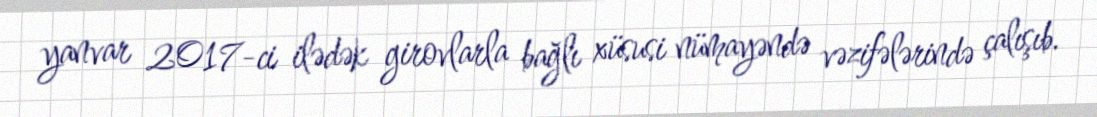
yanvar 2017-ci ilədək girovlarla bağlı xüsusi nümayəndə vəzifələrində çalışıb.